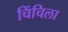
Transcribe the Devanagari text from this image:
चिंचिला